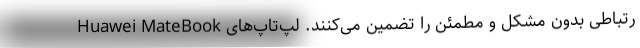
رتباطی بدون مشکل و مطمئن را تضمین می‌کنند. لپ‌تاپ‌های Huawei MateBook